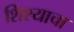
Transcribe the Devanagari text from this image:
शिश्याचा